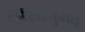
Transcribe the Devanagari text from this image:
स्पर्शानुभव